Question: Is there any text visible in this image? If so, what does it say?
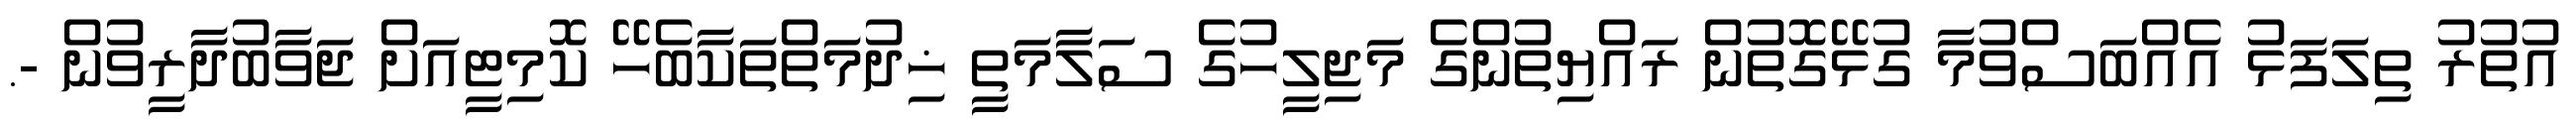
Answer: އުތުރު ތިލަފަޅު އެއްބަސްވުމާ ގުޅޭގޮތުން ރައްޔިތުންގެ މަޖިލީހުގެ ސަލާމަތީ ޚިދުމަތްތަކާބެހޭ ކޮމިޓީއަށް ޖަވާބުދާރީވުން -.